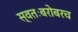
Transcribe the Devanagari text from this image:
स्वतःबरोबरच